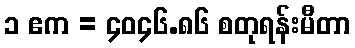
၁ ဧက = ၄၀၄၆.၈၆ စတုရန်းမီတာ